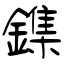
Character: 鏶